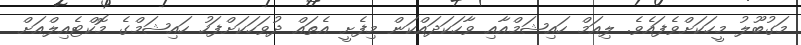
މަގުބޫލު މީހަކަށްވެފައެވެ. ލިއަމް ހައިޝަމްއާއި ވާހަކަދައްކަން މިފެށީ އެތައް ދުވަހަކަށްފަހު ހައިޝަމްގެ މޮކްޓެއިލްއަށް